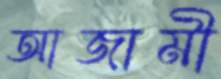
আজামী